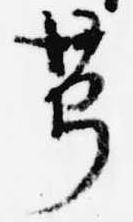
芎